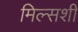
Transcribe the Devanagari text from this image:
मिल्सशी